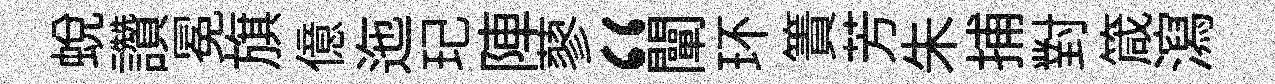
蜕讚冕旗億迤玘陣蓼“闡环簀芳朱捕對箴瀉